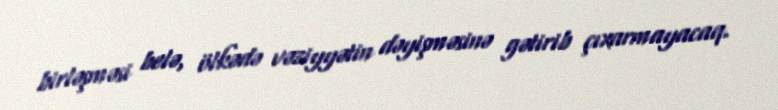
birləşməsi belə, ölkədə vəziyyətin dəyişməsinə gətirib çıxarmayacaq.